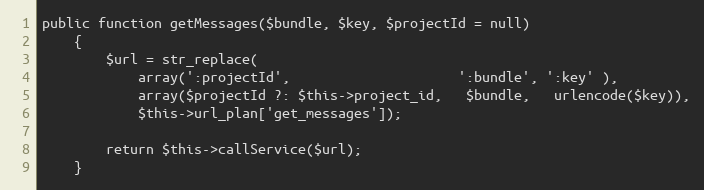
Language: PHP
public function getMessages($bundle, $key, $projectId = null)
    {
        $url = str_replace(
            array(':projectId',                     ':bundle', ':key' ),
            array($projectId ?: $this->project_id,   $bundle,   urlencode($key)),
            $this->url_plan['get_messages']);

        return $this->callService($url);
    }